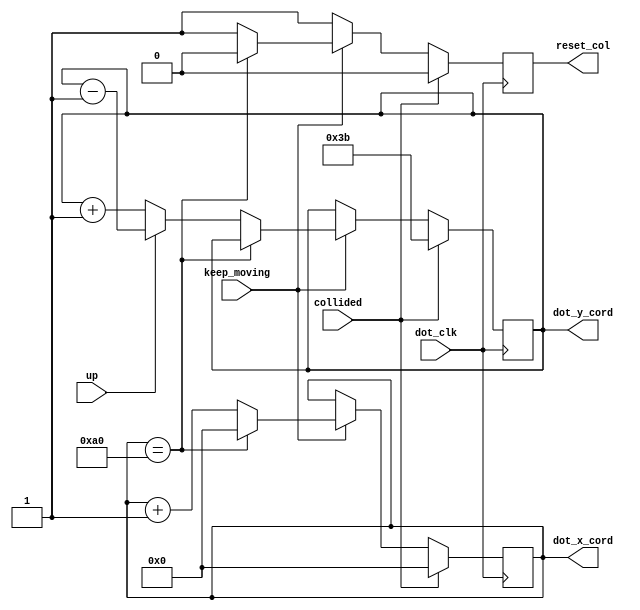
module dot_cord(reset_col, dot_y_cord, dot_x_cord, dot_clk, up, collided, keep_moving);
	input dot_clk;
	input up;
	input collided;
	input keep_moving;
	output reg [6:0] dot_y_cord = 7'd59;
	output reg [7:0] dot_x_cord = 8'd0;
	output reg reset_col;
	
	always @(posedge dot_clk)
	begin
		if (collided) begin
			// reset the coordinate of th edot if it collided with a pipe
			dot_y_cord <= 7'd59;
			dot_x_cord <= 8'd0;
			reset_col <= 1'b0;
			end
		else if (!keep_moving) begin
			// freeze all movement if keep_moving signal is low
			dot_x_cord <= dot_x_cord;
			dot_y_cord <= dot_y_cord;
			reset_col <= 1'b1;
			end
		else if (dot_x_cord == 8'd160) begin
			// if dot reached the end of the screen, make it go back, and send signal to reset columns
			reset_col <= 1'b0;
			dot_x_cord <= 8'd0;
			end
		else if (up) begin
			// if up is on make the dot go up and right
			dot_y_cord <= dot_y_cord - 1;
			dot_x_cord <= dot_x_cord + 1;
			reset_col <= 1'b1;
			end
		else begin
			// moves down, and moves right
			dot_y_cord <= dot_y_cord + 1;
			dot_x_cord <= dot_x_cord + 1;
			reset_col <= 1'b1;
			end
	end

endmodule